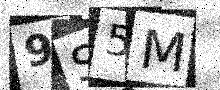
Text: 9S5M